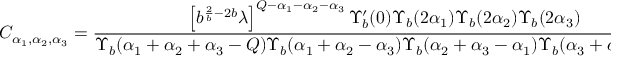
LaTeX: C _ { \alpha _ { 1 } , \alpha _ { 2 } , \alpha _ { 3 } } = { \frac { \left[ b ^ { { \frac { 2 } { b } } - 2 b } \lambda \right] ^ { Q - \alpha _ { 1 } - \alpha _ { 2 } - \alpha _ { 3 } } \Upsilon _ { b } ^ { \prime } ( 0 ) \Upsilon _ { b } ( 2 \alpha _ { 1 } ) \Upsilon _ { b } ( 2 \alpha _ { 2 } ) \Upsilon _ { b } ( 2 \alpha _ { 3 } ) } { \Upsilon _ { b } ( \alpha _ { 1 } + \alpha _ { 2 } + \alpha _ { 3 } - Q ) \Upsilon _ { b } ( \alpha _ { 1 } + \alpha _ { 2 } - \alpha _ { 3 } ) \Upsilon _ { b } ( \alpha _ { 2 } + \alpha _ { 3 } - \alpha _ { 1 } ) \Upsilon _ { b } ( \alpha _ { 3 } + \alpha _ { 1 } - \alpha _ { 2 } ) } } \ ,